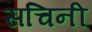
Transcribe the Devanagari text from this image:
सचिनी